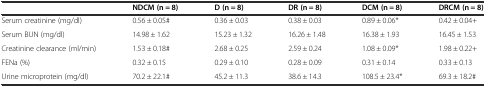
<table><thead><tr><td></td><td><b>NDCM (n = 8)</b></td><td><b>D (n = 8)</b></td><td><b>DR (n = 8)</b></td><td><b>DCM (n = 8)</b></td><td><b>DRCM (n = 8)</b></td></tr></thead><tbody><tr><td>Serum creatinine (mg/dl)</td><td>0.56 ± 0.05#</td><td>0.36 ± 0.03</td><td>0.38 ± 0.03</td><td>0.89 ± 0.06*</td><td>0.42 ± 0.04+</td></tr><tr><td>Serum BUN (mg/dl)</td><td>14.98 ± 1.62</td><td>15.23 ± 1.32</td><td>16.26 ± 1.48</td><td>16.38 ± 1.93</td><td>16.45 ± 1.53</td></tr><tr><td>Creatinine clearance (ml/min)</td><td>1.53 ± 0.18#</td><td>2.68 ± 0.25</td><td>2.59 ± 0.24</td><td>1.08 ± 0.09*</td><td>1.98 ± 0.22+</td></tr><tr><td>FENa (%)</td><td>0.32 ± 0.15</td><td>0.29 ± 0.10</td><td>0.28 ± 0.09</td><td>0.31 ± 0.14</td><td>0.33 ± 0.13</td></tr><tr><td>Urine microprotein (mg/dl)</td><td>70.2 ± 22.1#</td><td>45.2 ± 11.3</td><td>38.6 ± 14.3</td><td>108.5 ± 23.4*</td><td>69.3 ± 18.2#</td></tr></tbody></table>